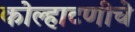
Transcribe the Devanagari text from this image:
कोल्हाटणीचे